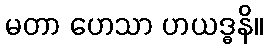
မတာ ဟေသာ ဟယဒ္ဓနိ။